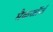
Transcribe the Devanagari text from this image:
मैकजॉर्ज